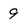
Character: 9